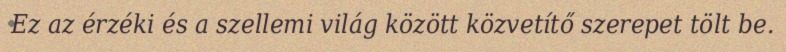
Ez az érzéki és a szellemi világ között közvetítő szerepet tölt be.